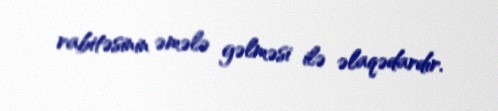
rabitəsinin əmələ gəlməsi ilə əlaqədardır.